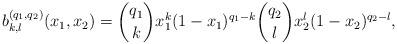
LaTeX: \begin{align*}b_{k,l}^{(q_1,q_2)}(x_1,x_2) = {q_1\choose k} x_1^k (1-x_1)^{q_1-k} {q_2 \choose l} x_2^l(1-x_2)^{q_2-l},\end{align*}